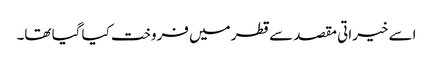
اسے خیراتی مقصد سے قطر میں فروخت کیا گیا تھا۔